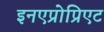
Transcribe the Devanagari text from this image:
इनएप्रोप्रिएट